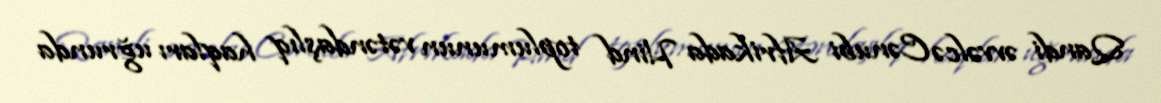
Qandi əvvəlcə Cənubi Afrikada Hind toplumunun vətəndaşlıq haqları uğrunda